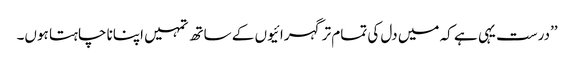
’’درست یہی ہے کہ میں دل کی تمام تر گہرائیوں کے ساتھ تمہیں اپنانا چاہتا ہوں۔